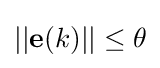
||\mathbf {e} (k)||\leq \theta